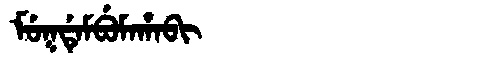
Manchu: ᠮᡠᡴᡩᡝᠮᠪᡠᠮᠠᡥᠠᠪᡳ
Romanization: MUKDEMBUMAHABI